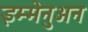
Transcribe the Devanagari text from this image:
इम्मेनुअन